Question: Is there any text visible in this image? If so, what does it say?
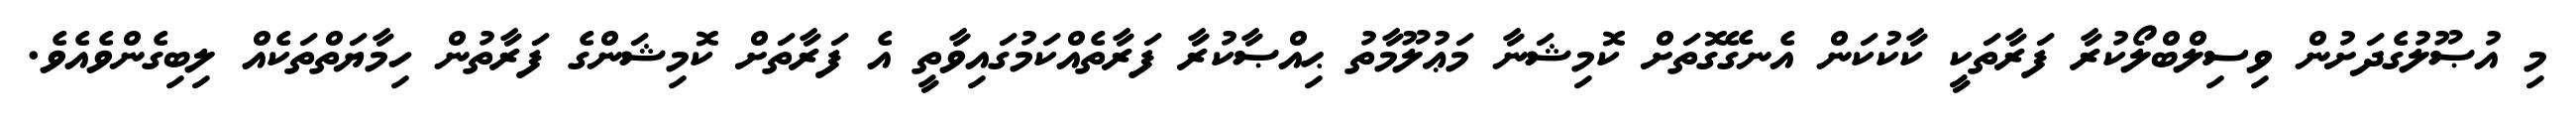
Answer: މި އުޞޫލުގެދަށުން ވިސިލްބްލޯކުރާ ފަރާތަކީ ކާކުކަން އެނގޭގޮތަށް ކޮމިޝަނާ މަޢުލޫމާތު ޙިއްޞާކުރާ ފަރާތެއްކަމުގައިވާތީ އެ ފަރާތަށް ކޮމިޝަންގެ ފަރާތުން ހިމާޔަތްތަކެއް ލިބިގެންވެއެވެ.